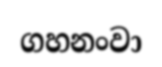
ගහනංවා